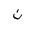
Letter: _non